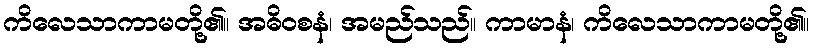
ကိလေသာကာမတို့၏။ အဓိဝစနံ၊ အမည်သည်။ ကာမာနံ၊ ကိလေသာကာမတို့၏။